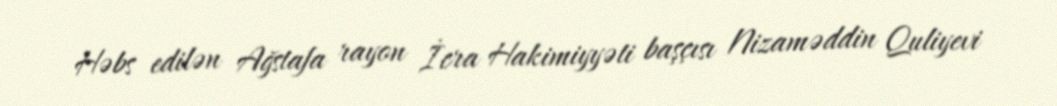
Həbs edilən Ağstafa rayon İcra Hakimiyyəti başçısı Nizaməddin Quliyevi